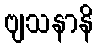
ဗျသနာနိ